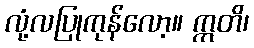
လုံ့လပြုကုန်လော့။ ဣတိ၊